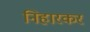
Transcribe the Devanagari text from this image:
निहारकर